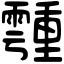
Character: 𩅞